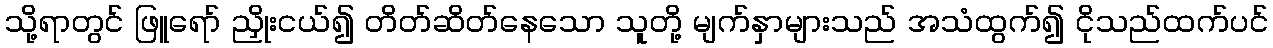
သို့ရာတွင် ဖြူရော် ညှိုးငယ်၍ တိတ်ဆိတ်နေသော သူတို့ မျက်နှာများသည် အသံထွက်၍ ငိုသည်ထက်ပင်